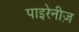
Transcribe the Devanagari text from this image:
पाइरेनीज़